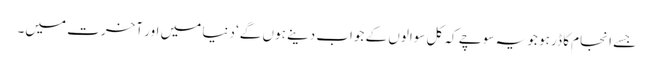
جسے انجام کا ڈر ہو جو یہ سوچے کہ کل سوالوں کے جواب دینے ہوں گے‘ دنیا میں اور آخرت میں۔